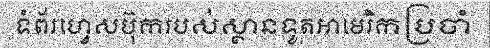
ទំព័រហ្វេសប៊ុករបស់ស្ថានទូតអាមេរិកប្រចាំ